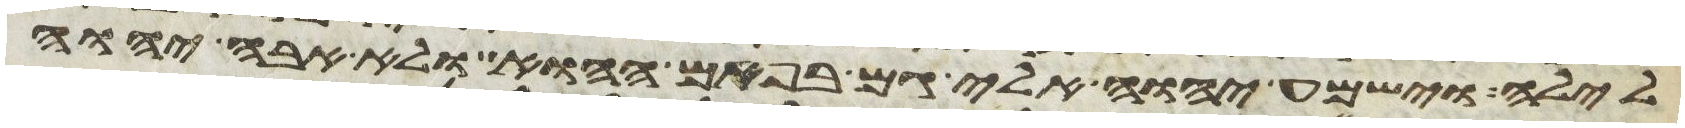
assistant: לילה וישמע יהוה אלי גם בפעם ההוא ולא אבה יהוה